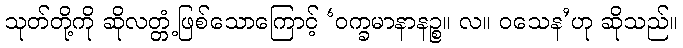
သုတ်တို့ကို ဆိုလတ္တံ့ဖြစ်သောကြောင့် ‘ဝက္ခမာနာနဉ္စ။ လ။ ဝသေန’ဟု ဆိုသည်။